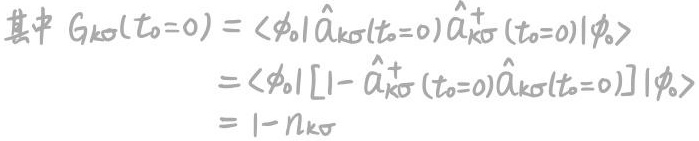
其中 $G_{k\sigma}(t_0 = 0) = \langle \phi_0|\hat{a}_{k\sigma}(t_0 = 0)\hat{a}_{k\sigma}^{+}(t_0 = 0)|\phi_0\rangle$
\[
\begin{align*}
&= \langle \phi_0|[1 - \hat{a}_{k\sigma}^{+}(t_0 = 0)\hat{a}_{k\sigma}(t_0 = 0)]|\phi_0\rangle\\
&= 1 - n_{k\sigma}
\end{align*}
\]